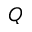
Q